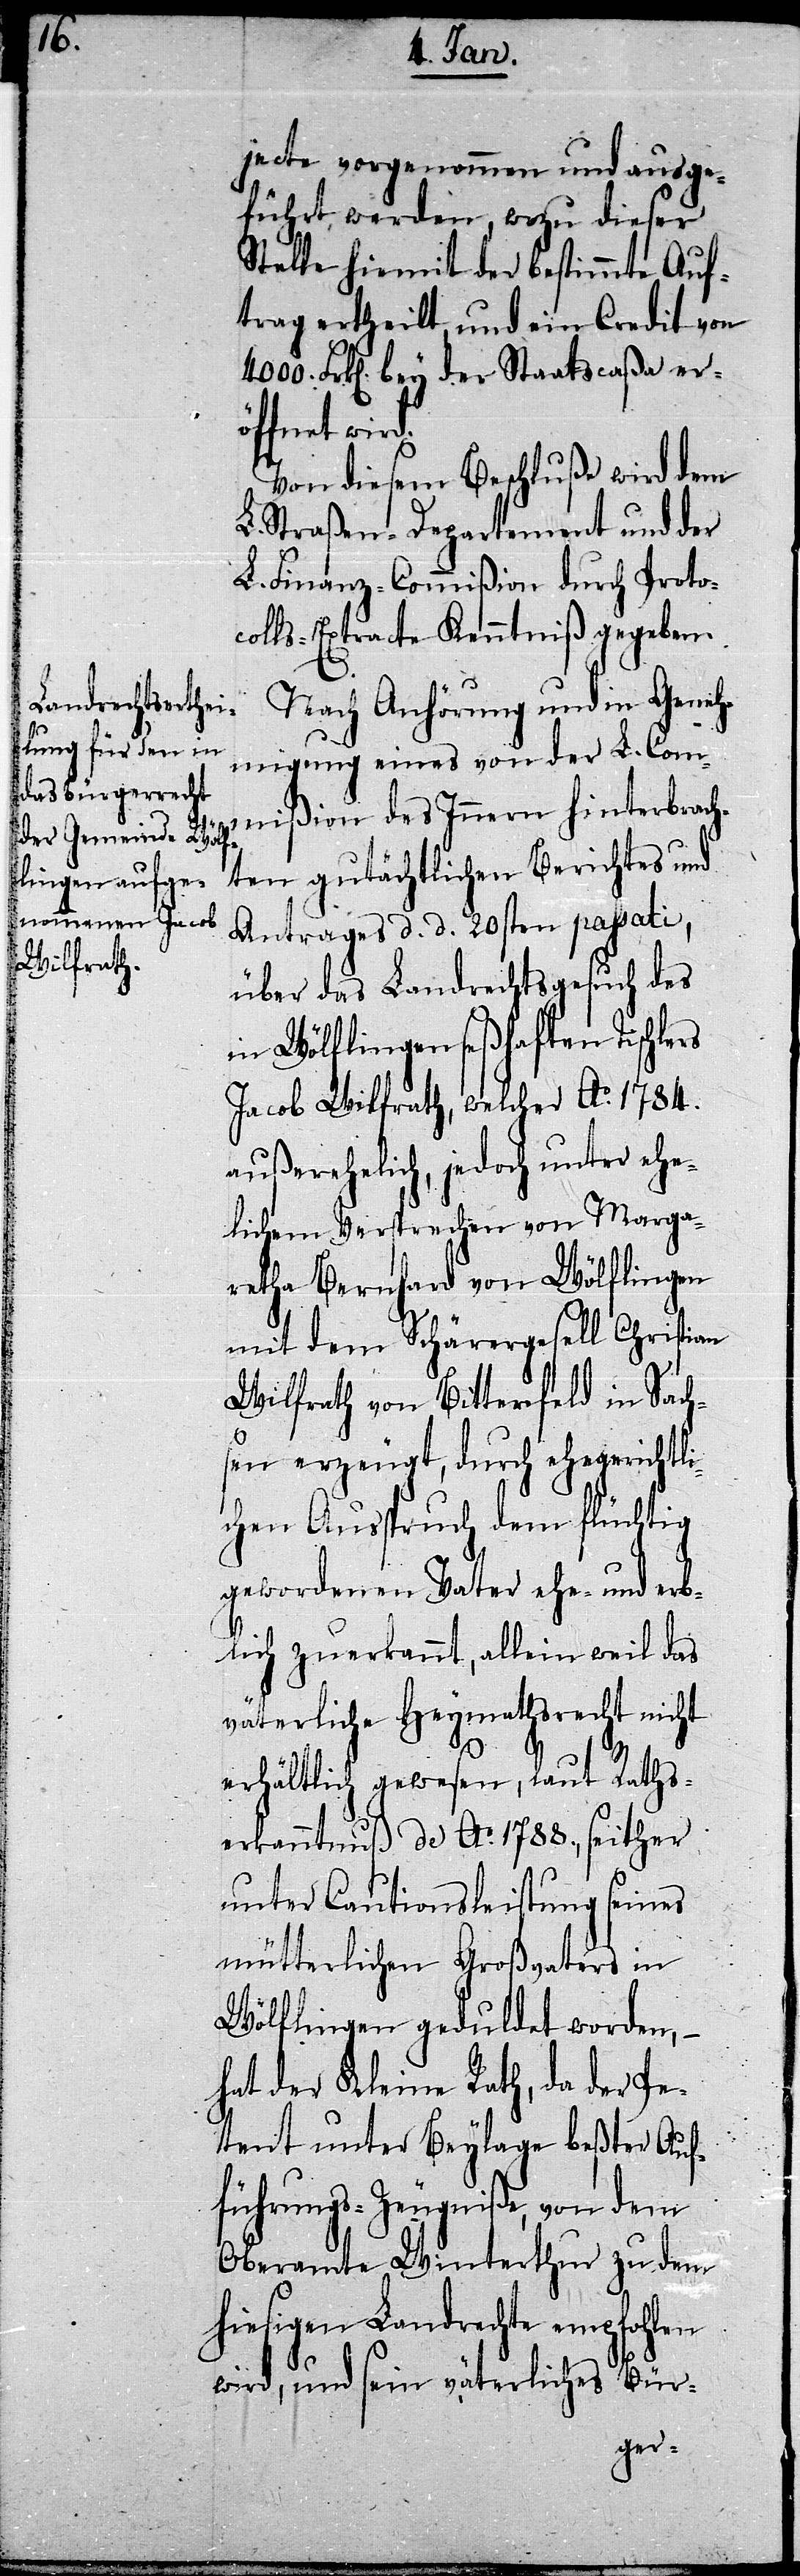
4000.

jecte vorgenommen und ausge¬
führt, werden, wozu dieser
Stelle hiemit der bestimmte Auf¬
trag ertheilt und ein Credit von
Frk[en]. bey der Staatscaßa er¬
öffnet wird.
Von diesem Beschluße wird dem
L. Straßen-Departement und der
L. Finanz-Commißion durch Proto¬
colls-Extracte Kenntniß gegeben.
Nach Anhörung und in Geneh¬
migung eines von der L. Com¬
mißion des Innern hinterbrach¬
ten gutächtlichen Berichtes und
Antrages d. d. 20sten passati,
über das Landrechtsgesuch des
in Wölflingen seßhaften Tischlers
Jacob Wilfrath, welcher Ao. 1784.
außerehelich, jedoch unter ehe¬
lichem Versprechen von Marga¬
retha Bernhard von Wölflingen
mit dem Schärergesell Christian
Wilfrath von Bitterfeld in Sach¬
sen erzeugt, durch ehegerichtli¬
chen Ausspruch dem flüchtig
gewordenen Vater ehe- und erb¬
lich zuerkannt, allein weil das
väterliche Heymathsrecht nicht
erhältlich gewesen, laut Raths¬
erkanntnuß de Ao. 1788., seither
unter Cautionsleistung seines
mütterlichen Großvaters in
Wölflingen geduldet worden,
hat der Kleine Rath, da der Pe¬
tent unter Beylage beßter Auf¬
führungs-Zeugniße, von dem
Oberamte Winterthur zu dem
hiesigen Landrechte empfohlen
wird, und sein väterliches Bür-